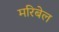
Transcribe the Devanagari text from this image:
मरिबेल